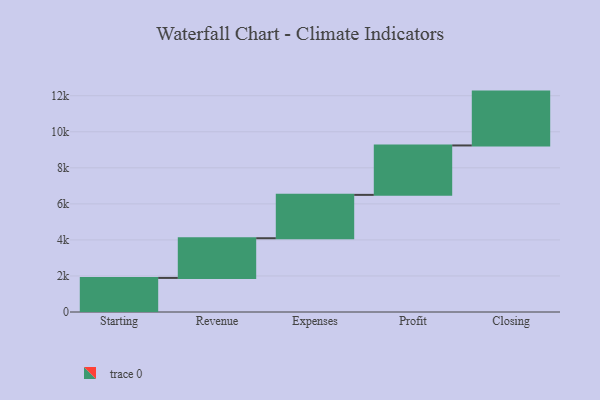
{"axis": {"x": "Step", "y": "Value"}, "legend": [""], "data": [{"x": "Starting", "y": 1891.0, "type": ""}, {"x": "Revenue", "y": 2202.0, "type": ""}, {"x": "Expenses", "y": 2406.0, "type": ""}, {"x": "Profit", "y": 2742.0, "type": ""}, {"x": "Closing", "y": 2988.0, "type": ""}]}